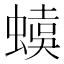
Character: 𧏜